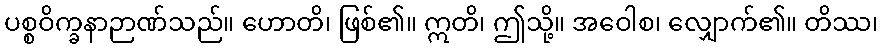
ပစ္စဝိက္ခနာဉာဏ်သည်။ ဟောတိ၊ ဖြစ်၏။ ဣတိ၊ ဤသို့။ အဝေါစ၊ လျှောက်၏။ တိဿ၊